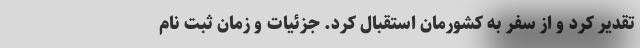
تقدیر کرد و از سفر به کشورمان استقبال کرد. جزئیات و زمان ثبت نام